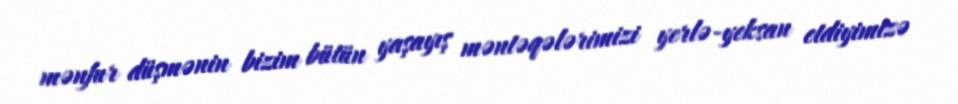
mənfur düşmənin bizim bütün yaşayış məntəqələrimizi yerlə-yeksan etdiyimizə